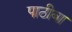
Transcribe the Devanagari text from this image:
पाठीबा